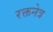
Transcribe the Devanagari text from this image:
रक्तनेत्र